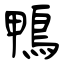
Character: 鴨